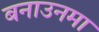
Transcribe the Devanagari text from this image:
बनाउनमा